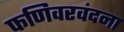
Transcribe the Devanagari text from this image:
फणिवरवंदना